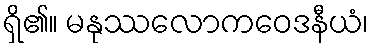
ရှိ၏။ မနုဿလောကဝေဒနီယံ၊